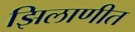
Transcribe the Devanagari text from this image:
झिलाणीत